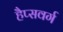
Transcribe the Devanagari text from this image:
हैप्सवर्ग